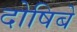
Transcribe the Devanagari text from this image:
दोषिबे